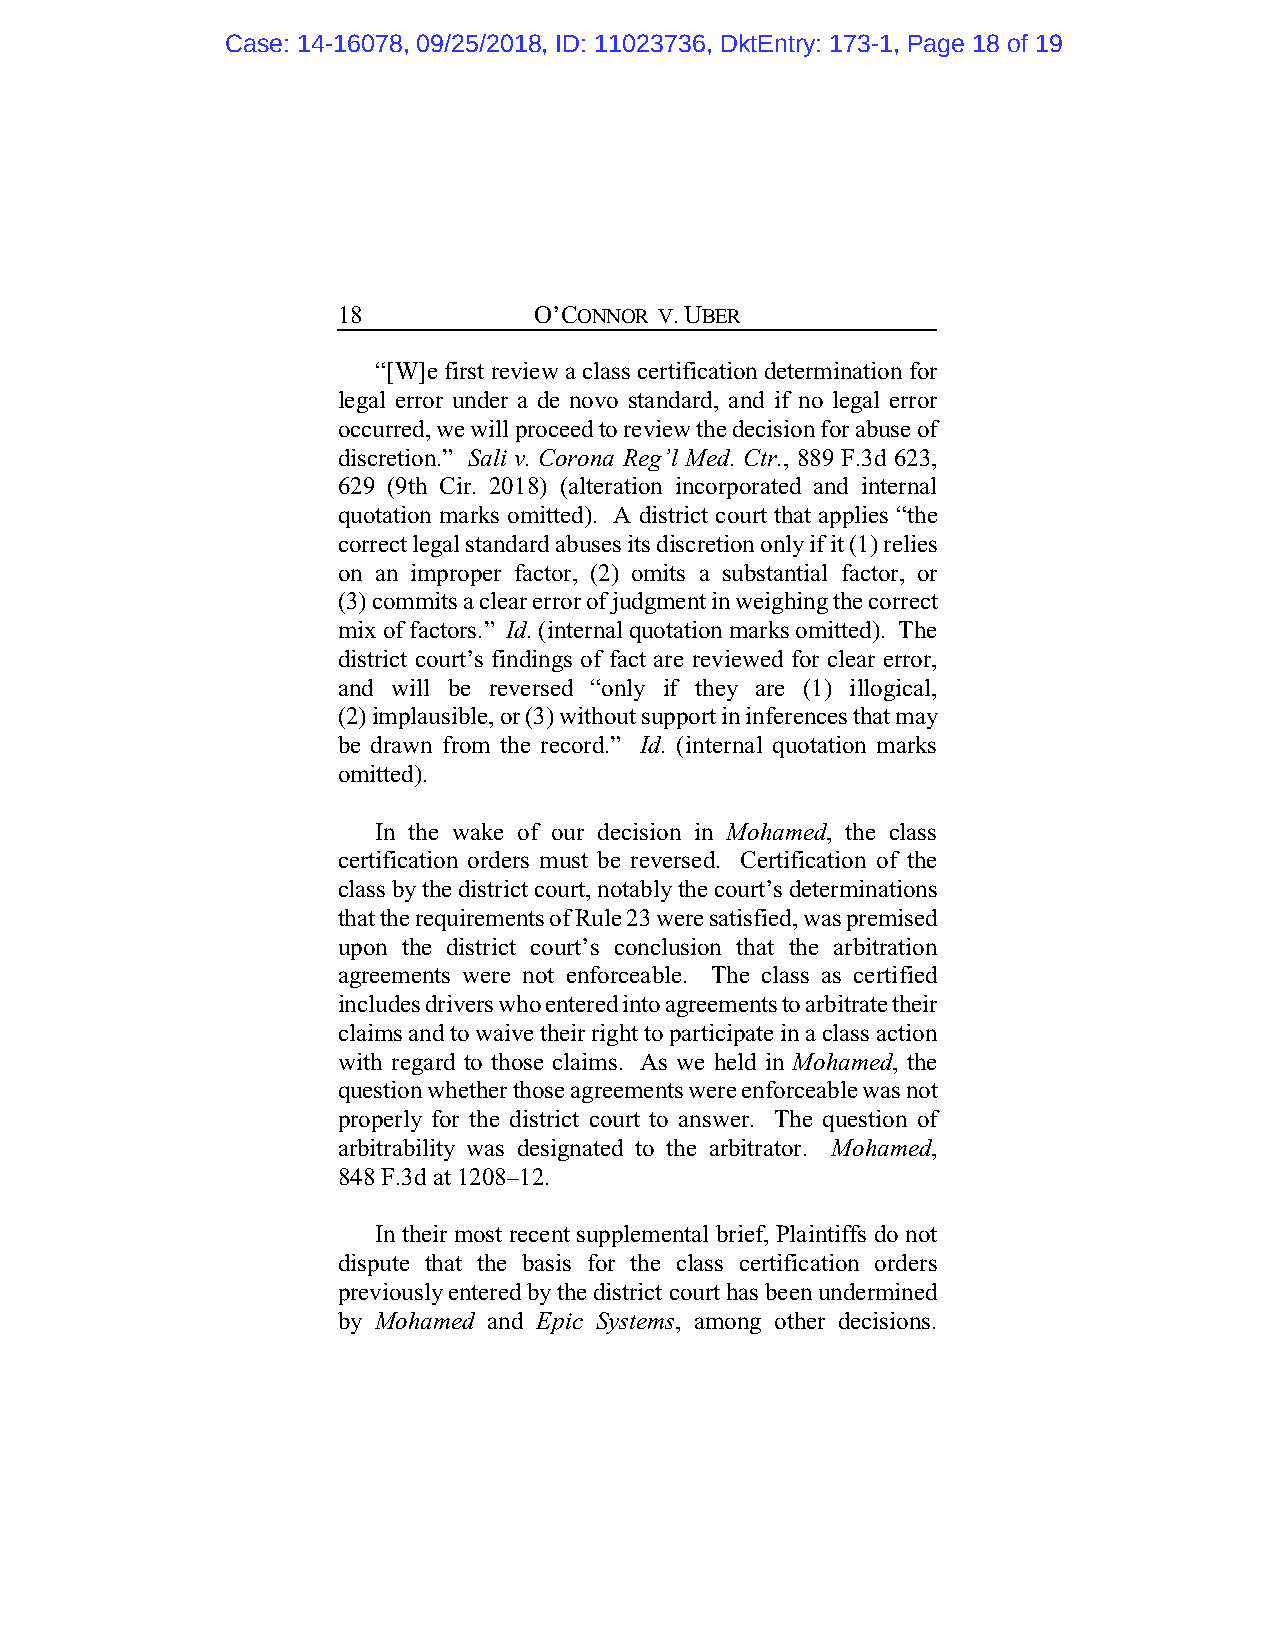
Case: 14-16078, 09/25/2018, ID: 11023736, DktEntry: 173-1, Page 18 of 19
 18           O’CONNOR V. UBER
 “[W]e first review a class certification determination for
 legal error under a de novo standard, and if no legal error
 occurred, we will proceed to review the decision for abuse of
 discretion.” Sali v. Corona Reg’l Med. Ctr., 889 F.3d 623,
 629 (9th Cir. 2018) (alteration incorporated and internal
 quotation marks omitted). A district court that applies “the
 correct legal standard abuses its discretion only if it (1) relies
 on an improper factor, (2) omits a substantial factor, or
 (3) commits a clear error of judgment in weighing the correct
 mix of factors.” Id. (internal quotation marks omitted). The
 district court’s findings of fact are reviewed for clear error,
 and will be reversed “only if they are (1) illogical,
 (2) implausible, or (3) without support in inferences that may
 be drawn from the record.” Id. (internal quotation marks
 omitted).
 In the wake of our decision in Mohamed, the class
 certification orders must be reversed. Certification of the
 class by the district court, notably the court’s determinations
 that the requirements of Rule 23 were satisfied, was premised
 upon the district court’s conclusion that the arbitration
 agreements were not enforceable. The class as certified
 includes drivers who entered into agreements to arbitrate their
 claims and to waive their right to participate in a class action
 with regard to those claims. As we held in Mohamed, the
 question whether those agreements were enforceable was not
 properly for the district court to answer. The question of
 arbitrability was designated to the arbitrator. Mohamed,
 848 F.3d at 1208–12.
 In their most recent supplemental brief, Plaintiffs do not
 dispute that the basis for the class certification orders
 previously entered by the district court has been undermined
 by Mohamed and Epic Systems, among other decisions.